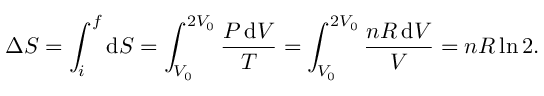
\Delta S = \int _ { i } ^ { f } \mathrm { d } S = \int _ { V _ { 0 } } ^ { 2 V _ { 0 } } { \frac { P \, \mathrm { d } V } { T } } = \int _ { V _ { 0 } } ^ { 2 V _ { 0 } } { \frac { n R \, \mathrm { d } V } { V } } = n R \ln 2 .